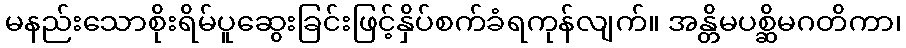
မနည်းသောစိုးရိမ်ပူဆွေးခြင်းဖြင့်နှိပ်စက်ခံရကုန်လျက်။ အန္တိမပစ္ဆိမဂတိကာ၊